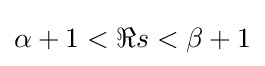
\alpha +1<\Re s<\beta +1